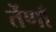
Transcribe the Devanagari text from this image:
तेंणाँ